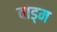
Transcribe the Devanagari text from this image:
वाड्म